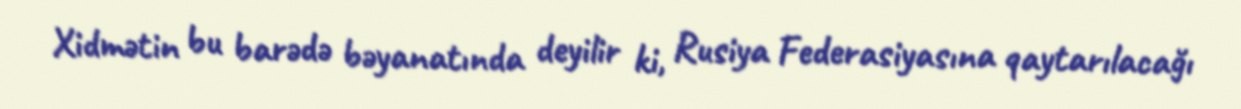
Xidmətin bu barədə bəyanatında deyilir ki, Rusiya Federasiyasına qaytarılacağı